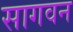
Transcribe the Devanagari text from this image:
सागवन